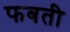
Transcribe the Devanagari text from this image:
फबती